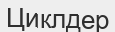
Циклдер